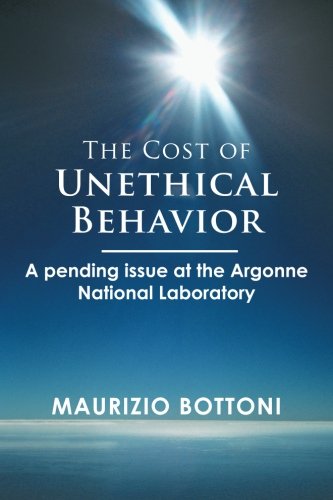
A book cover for The Cost of Unethical Behavior: A pending issue at the Argonne National Laboratory; Maurizio Bottoni; Business & Money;